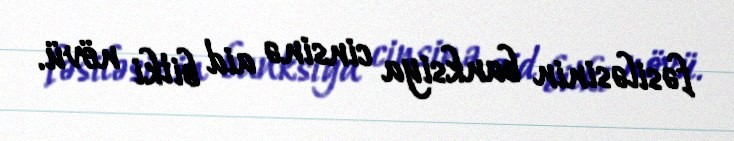
fəsiləsinin banksiya cinsinə aid bitki növü.